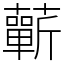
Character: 蘄